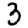
Digit: 3